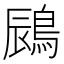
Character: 𪁧